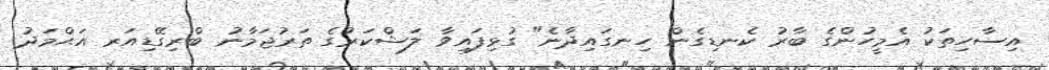
އިސާހިތަކު އެމީހުންގެ ބާރު ކެނޑިގެން ހިނގައިދާނެ" ގުޅިފައިވާ ލަޝްކަރުގެ ތަރުޖަމާނު ބްރިގޭޑިއަރ އަޙްމަދު